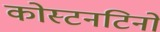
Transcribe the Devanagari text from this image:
कोस्टनटिनो